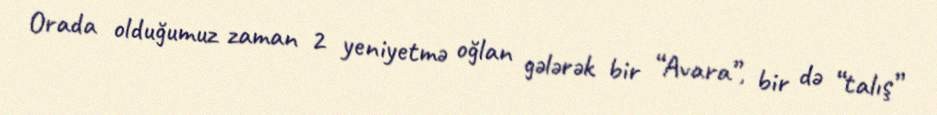
Orada olduğumuz zaman 2 yeniyetmə oğlan gələrək bir “Avara”, bir də “talış”